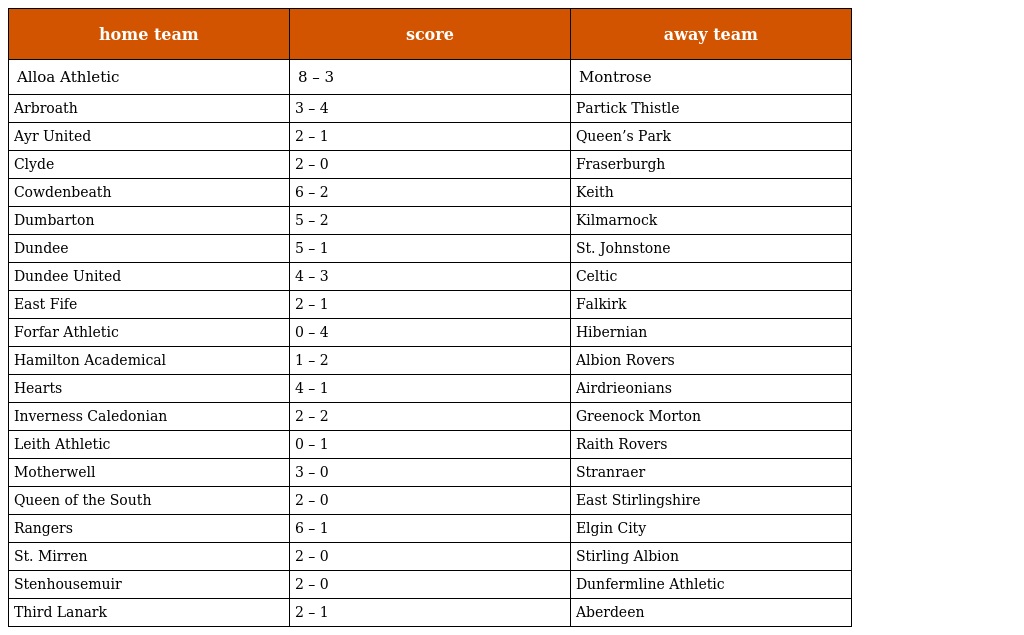
| home team | score | away team |
 | --- | --- | --- |
 | Alloa Athletic | 8 – 3 | Montrose |
 | Arbroath | 3 – 4 | Partick Thistle |
 | Ayr United | 2 – 1 | Queen’s Park |
 | Clyde | 2 – 0 | Fraserburgh |
 | Cowdenbeath | 6 – 2 | Keith |
 | Dumbarton | 5 – 2 | Kilmarnock |
 | Dundee | 5 – 1 | St. Johnstone |
 | Dundee United | 4 – 3 | Celtic |
 | East Fife | 2 – 1 | Falkirk |
 | Forfar Athletic | 0 – 4 | Hibernian |
 | Hamilton Academical | 1 – 2 | Albion Rovers |
 | Hearts | 4 – 1 | Airdrieonians |
 | Inverness Caledonian | 2 – 2 | Greenock Morton |
 | Leith Athletic | 0 – 1 | Raith Rovers |
 | Motherwell | 3 – 0 | Stranraer |
 | Queen of the South | 2 – 0 | East Stirlingshire |
 | Rangers | 6 – 1 | Elgin City |
 | St. Mirren | 2 – 0 | Stirling Albion |
 | Stenhousemuir | 2 – 0 | Dunfermline Athletic |
 | Third Lanark | 2 – 1 | Aberdeen |